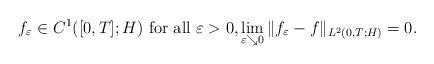
LaTeX: \begin{align*} f_{\varepsilon} \in C^1([0,T]; H) \textrm{ for all $\varepsilon >0$}, \lim_{\varepsilon \searrow 0} \| f_{\varepsilon} - f \|_{L^2(0,T; H)} = 0.\end{align*}